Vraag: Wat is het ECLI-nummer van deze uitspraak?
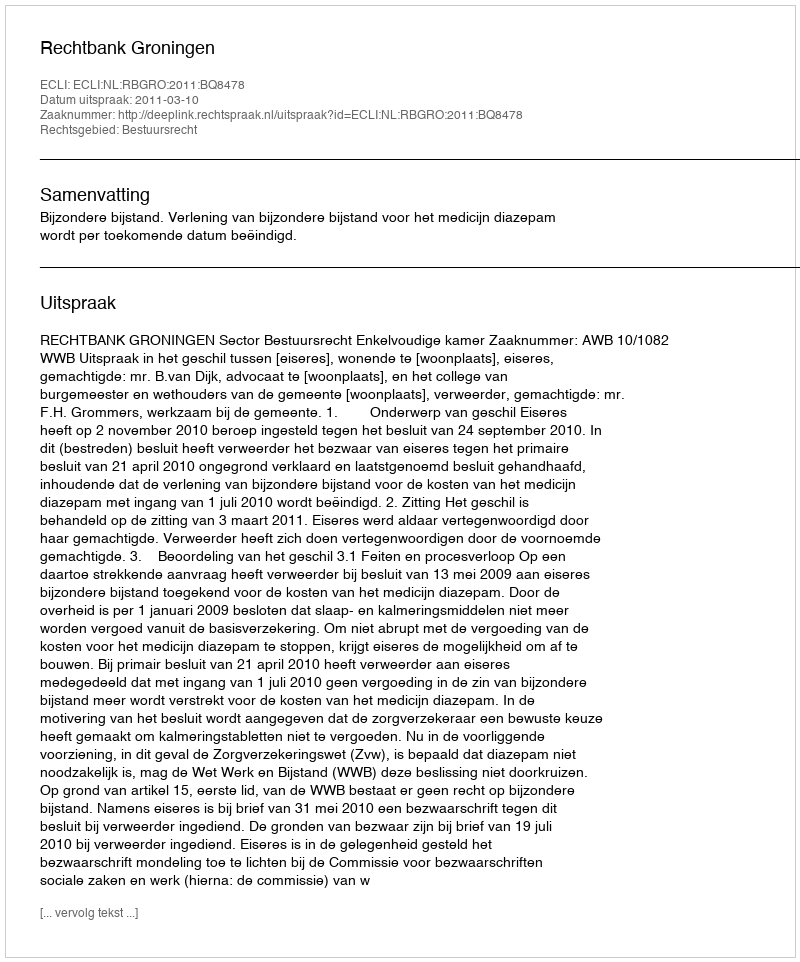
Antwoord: ECLI:NL:RBGRO:2011:BQ8478